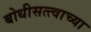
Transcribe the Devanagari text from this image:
बोधीसत्त्वाच्या